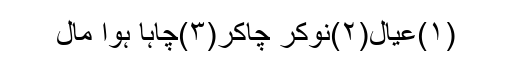
(۱)عیال(۲)نوکر چاکر(۳)چاہا ہوا مال